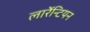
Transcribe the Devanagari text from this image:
लाॅरेन्टियन